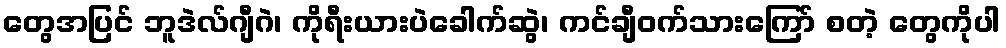
တွေအပြင် ဘူဒဲလ်ဂျီဂဲ၊ ကိုရီးယားပဲခေါက်ဆွဲ၊ ကင်ချီဝက်သားကြော် စတဲ့ တွေကိုပါ